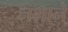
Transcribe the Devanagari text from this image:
नभाने